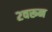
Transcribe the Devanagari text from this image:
२वरून